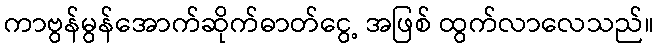
ကာဗွန်မွန်အောက်ဆိုက်ဓာတ်ငွေ့ အဖြစ် ထွက်လာလေသည်။